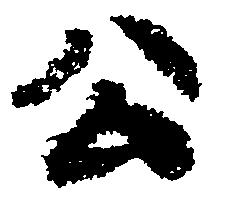
公